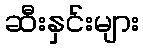
ဆီးနှင်းများ